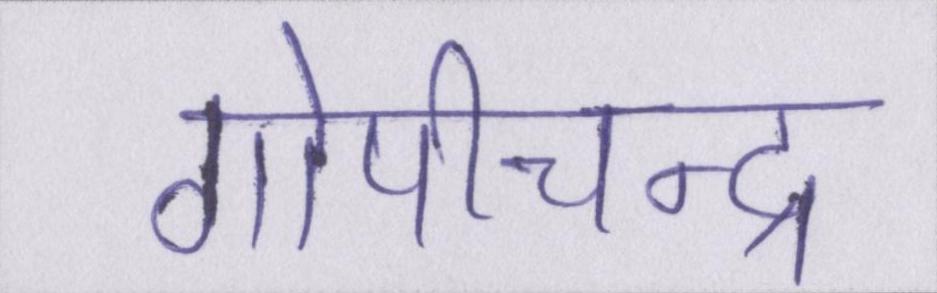
गोपीचन्द्र